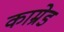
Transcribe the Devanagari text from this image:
काम्रेड